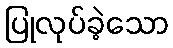
ပြုလုပ်ခဲ့သော